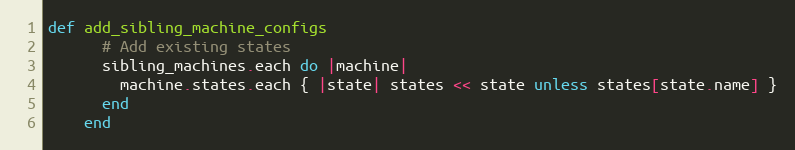
Language: Ruby
def add_sibling_machine_configs
      # Add existing states
      sibling_machines.each do |machine|
        machine.states.each { |state| states << state unless states[state.name] }
      end
    end